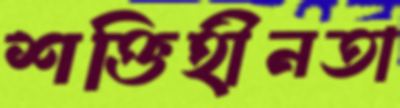
শক্তিহীনতা